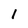
Character: l